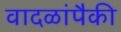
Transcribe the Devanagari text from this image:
वादळांपैकी